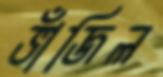
ভাঁজিল